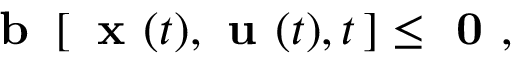
{ \textbf { b } } \, [ \, { \textbf { x } } ( t ) , { \textbf { u } } ( t ) , t \, ] \leq { \textbf { 0 } } ,